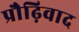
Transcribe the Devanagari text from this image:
प्रौढ़िवाद